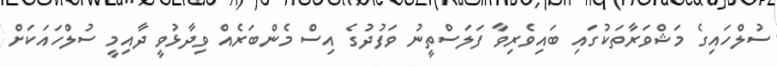
ސުލްހައިގެ މަޝްވަރާތަކުގައި ބައިވެރިވާ ފަލަސްތީނު ވަފުދުގެ އިސް މެންބަރެއް ވިދާޅުވީ ދާއިމީ ސުލްހައަކަށް